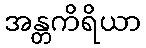
အန္တကိရိယာ